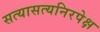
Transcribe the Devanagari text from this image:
सत्यासत्यनिरपेक्ष